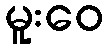
မူးဝေ